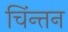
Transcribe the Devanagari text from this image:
चिंन्तन